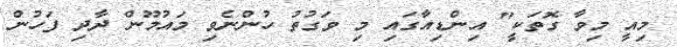
މިއީ މިވާ ގޮތަކީ" އިންޑިއާގައި މި ވަގުތު ހުންނެވި މައުމޫން ދާދި ފަހުން